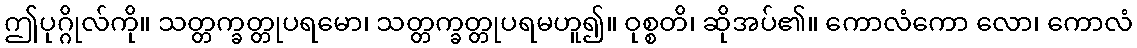
ဤပုဂ္ဂိုလ်ကို။ သတ္တက္ခတ္တုပရမော၊ သတ္တက္ခတ္တုပရမဟူ၍။ ဝုစ္စတိ၊ ဆိုအပ်၏။ ကောလံကော လော၊ ကောလံ